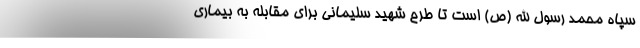
سپاه محمد رسول الله (ص) است تا طرح شهید سلیمانی برای مقابله به بیماری